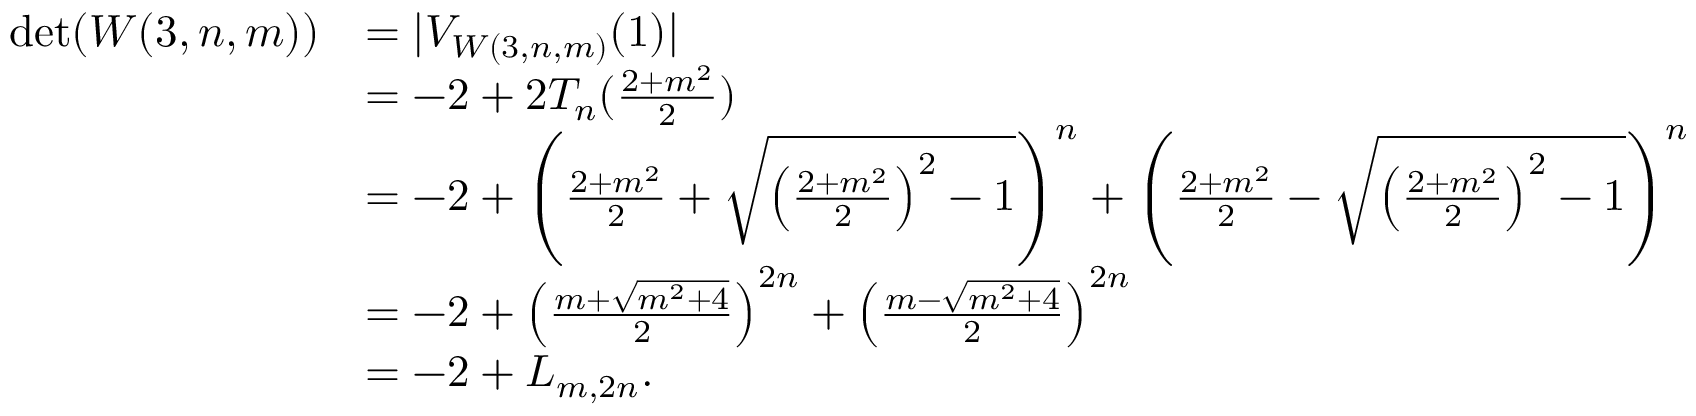
\begin{array} { r l } { \operatorname* { d e t } ( W ( 3 , n , m ) ) } & { = | V _ { W ( 3 , n , m ) } ( 1 ) | } \\ & { = - 2 + 2 T _ { n } ( \frac { 2 + m ^ { 2 } } { 2 } ) } \\ & { = - 2 + \left( \frac { 2 + m ^ { 2 } } { 2 } + \sqrt { \left( \frac { 2 + m ^ { 2 } } { 2 } \right) ^ { 2 } - 1 } \right) ^ { n } + \left( \frac { 2 + m ^ { 2 } } { 2 } - \sqrt { \left( \frac { 2 + m ^ { 2 } } { 2 } \right) ^ { 2 } - 1 } \right) ^ { n } } \\ & { = - 2 + \left( \frac { m + \sqrt { m ^ { 2 } + 4 } } { 2 } \right) ^ { 2 n } + \left( \frac { m - \sqrt { m ^ { 2 } + 4 } } { 2 } \right) ^ { 2 n } } \\ & { = - 2 + L _ { m , 2 n } . } \end{array}